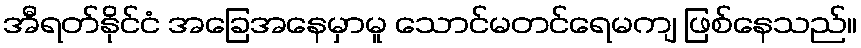
အီရတ်နိုင်ငံ အခြေအနေမှာမူ သောင်မတင်ရေမကျ ဖြစ်နေသည်။